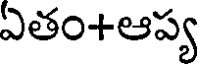
ఏతం+ఆప్య